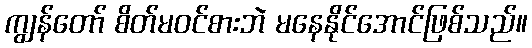
ကျွန်တော် စိတ်မဝင်စားဘဲ မနေနိုင်အောင်ဖြစ်သည်။